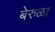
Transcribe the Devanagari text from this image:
बेरुळा